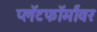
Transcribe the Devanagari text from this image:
प्लॅटफॉर्मांवर